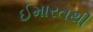
ઈમારતથી